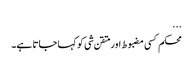
...
محکم کسی مضبوط اور متقن شی کو کہا جاتا ہے۔